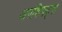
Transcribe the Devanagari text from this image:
अपशिफ्ट्स